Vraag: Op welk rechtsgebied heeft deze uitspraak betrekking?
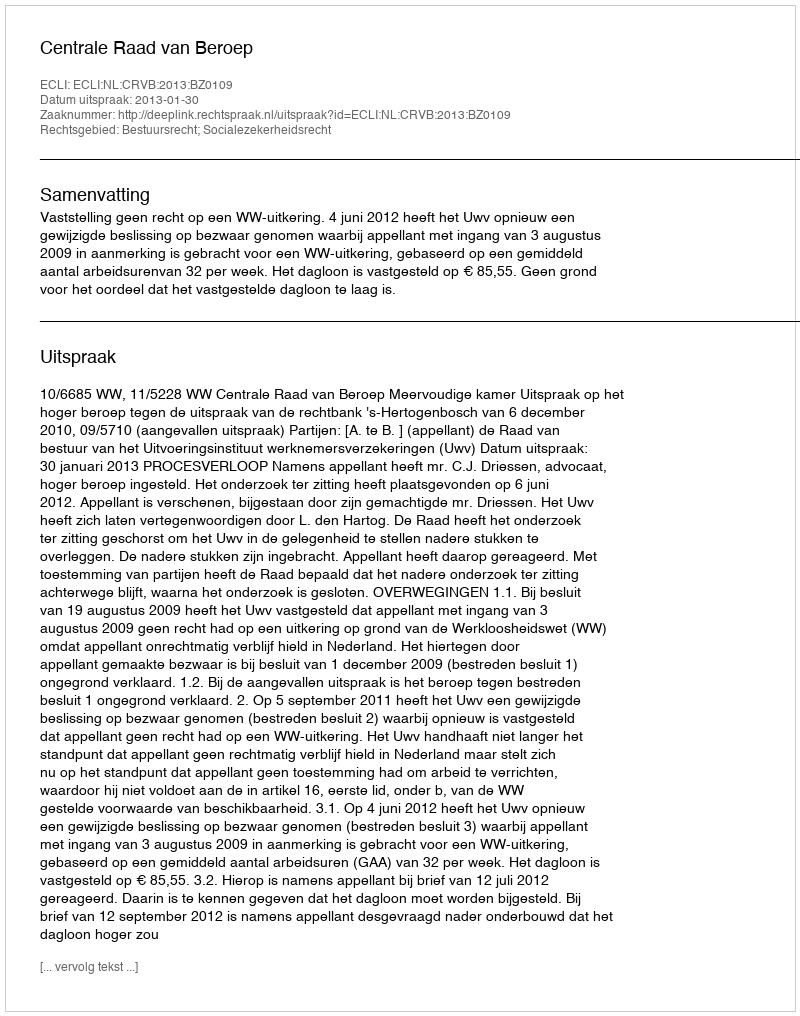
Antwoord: Bestuursrecht; Socialezekerheidsrecht